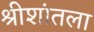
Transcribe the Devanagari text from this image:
श्रीशांतला